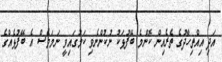
އަދި އިއްތިހާދުގެ ތެރެއިން ކޮންމެ ބޭފުޅަކު ނުކުންނެވި ކަމުގައިވީ ނަމަވެސް އެ ބޭފުޅެއްގެ